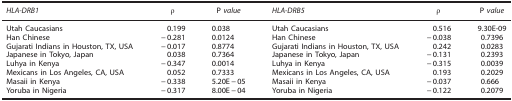
<table><thead><tr><td><b><i>HLA-DRB1</i></b></td><td><b>ρ</b></td><td><b>P <i>value</i></b></td><td><b><i>HLA-DRB5</i></b></td><td><b>ρ</b></td><td><b>P <i>value</i></b></td></tr></thead><tbody><tr><td>Utah Caucasians</td><td>0.199</td><td>0.038</td><td>Utah Caucasians</td><td>0.516</td><td>9.30E-09</td></tr><tr><td>Han Chinese</td><td>−0.281</td><td>0.0124</td><td>Han Chinese</td><td>−0.038</td><td>0.7396</td></tr><tr><td>Gujarati Indians in Houston, TX, USA</td><td>−0.017</td><td>0.8774</td><td>Gujarati Indians in Houston, TX, USA</td><td>0.242</td><td>0.0283</td></tr><tr><td>Japanese in Tokyo, Japan</td><td>0.038</td><td>0.7364</td><td>Japanese in Tokyo, Japan</td><td>−0.131</td><td>0.2393</td></tr><tr><td>Luhya in Kenya</td><td>−0.347</td><td>0.0014</td><td>Luhya in Kenya</td><td>−0.315</td><td>0.0039</td></tr><tr><td>Mexicans in Los Angeles, CA, USA</td><td>0.052</td><td>0.7333</td><td>Mexicans in Los Angeles, CA, USA</td><td>0.193</td><td>0.2029</td></tr><tr><td>Masaii in Kenya</td><td>−0.338</td><td>5.20E−05</td><td>Masaii in Kenya</td><td>−0.037</td><td>0.666</td></tr><tr><td>Yoruba in Nigeria</td><td>−0.317</td><td>8.00E−04</td><td>Yoruba in Nigeria</td><td>−0.122</td><td>0.2079</td></tr></tbody></table>